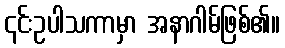
၎င်းဥပါသကာမှာ အနာဂါမ်ဖြစ်၏။